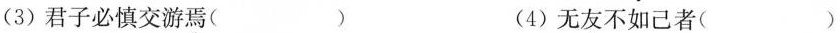
(3)君子必慎交游焉( ) (4)无友不如己者( )